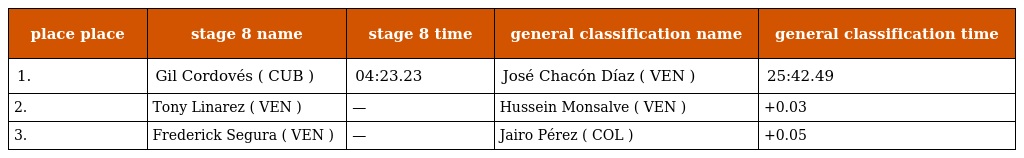
| place place | stage 8 name | stage 8 time | general classification name | general classification time |
 | --- | --- | --- | --- | --- |
 | 1. | Gil Cordovés ( CUB ) | 04:23.23 | José Chacón Díaz ( VEN ) | 25:42.49 |
 | 2. | Tony Linarez ( VEN ) | — | Hussein Monsalve ( VEN ) | +0.03 |
 | 3. | Frederick Segura ( VEN ) | — | Jairo Pérez ( COL ) | +0.05 |